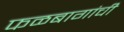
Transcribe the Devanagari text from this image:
फळबागांची